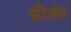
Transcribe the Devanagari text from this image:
इटिडोह